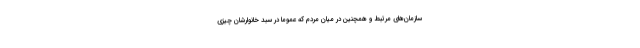
سازمان‌های مرتبط و همچنین در میان مردم که عموما در سبد خانوارشان چیزی